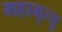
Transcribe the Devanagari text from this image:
महामृत्यु